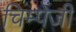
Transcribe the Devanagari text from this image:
चिम्पेंजी